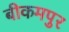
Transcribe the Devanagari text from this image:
बीकमपुर